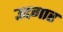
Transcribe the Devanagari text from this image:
उद्दगार